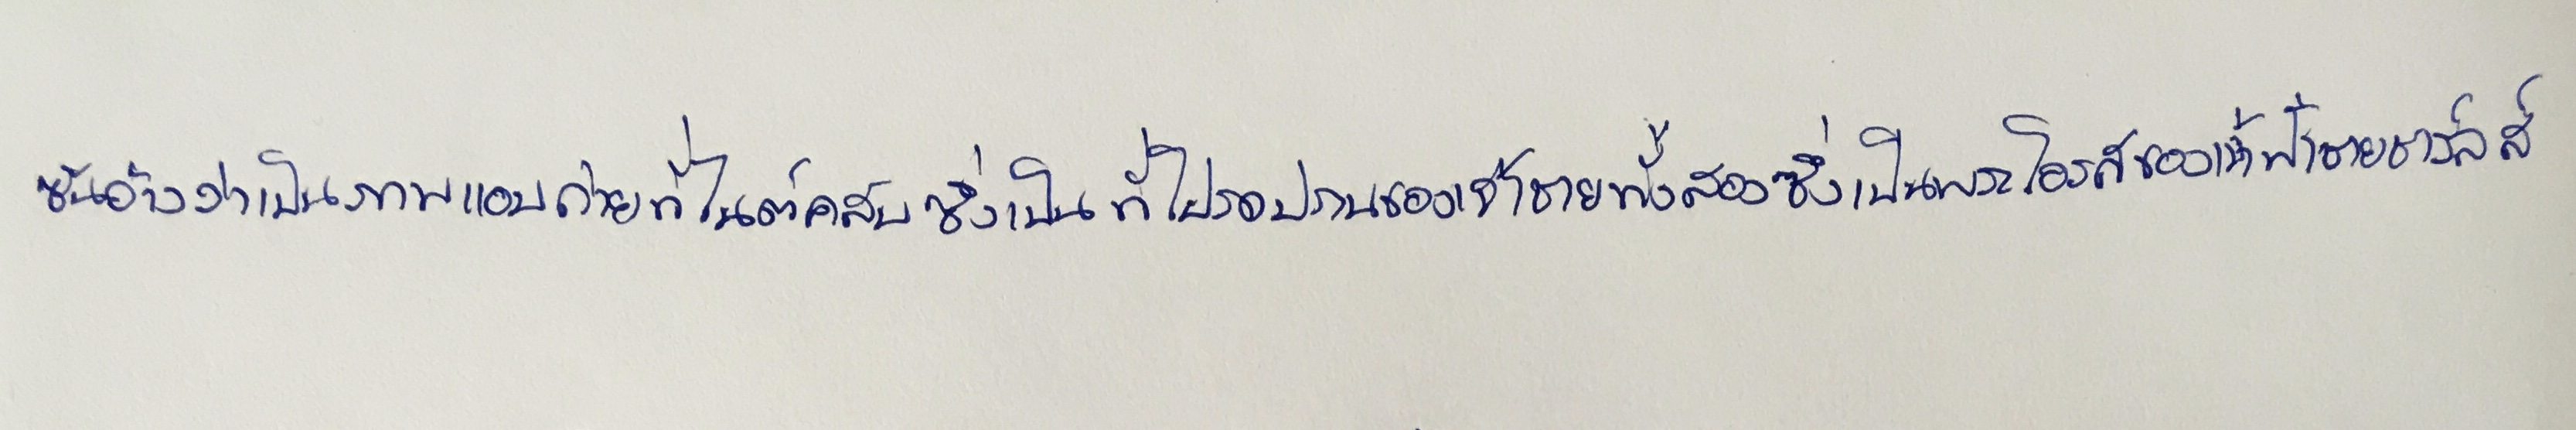
ซันอ้างว่าเป็นภาพแอบถ่ายที่ไนต์คลับซึ่งเป็นที่โปรดปรานของเจ้าชายทั้งสองซึ่งเป็นพระโอรสของเจ้าฟ้าชายชาร์ลส์